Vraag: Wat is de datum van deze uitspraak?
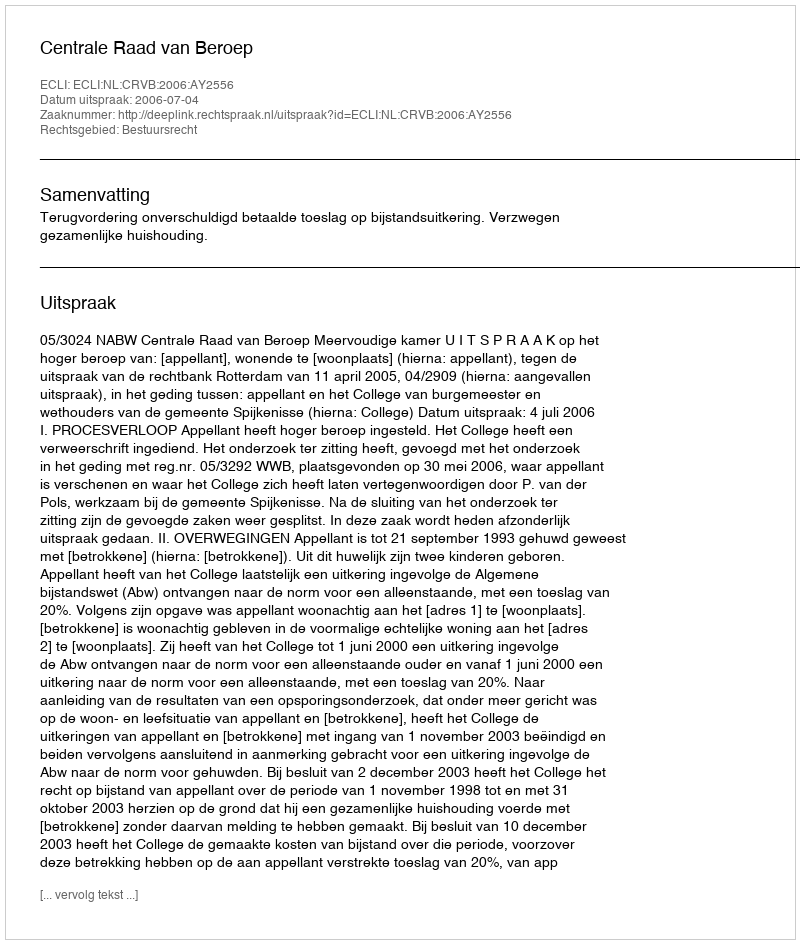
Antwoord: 2006-07-04